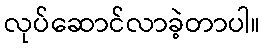
လုပ်ဆောင်လာခဲ့တာပါ။